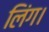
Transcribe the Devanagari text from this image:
लिंग।